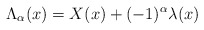
\begin{align*}{\Lambda}_{\alpha}(x)=X(x)+(-1)^{\alpha}{\lambda}(x) \end{align*}